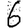
Digit: 6